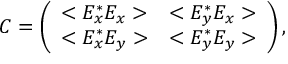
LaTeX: C = \left( \begin{array} { l l } { { < E _ { x } ^ { * } E _ { x } > } } & { { < E _ { y } ^ { * } E _ { x } > } } \\ { { < E _ { x } ^ { * } E _ { y } > } } & { { < E _ { y } ^ { * } E _ { y } > } } \end{array} \right) ,